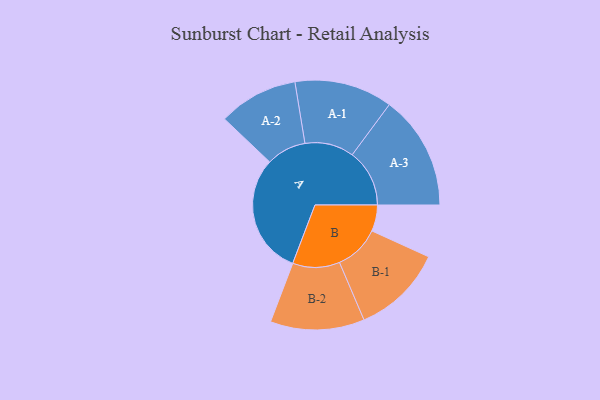
{"axis": {"x": "Segment", "y": "Value"}, "legend": ["", "A", "B"], "data": [{"x": "A", "y": 497, "type": ""}, {"x": "B", "y": 108, "type": ""}, {"x": "A-1", "y": 202, "type": "A"}, {"x": "A-2", "y": 164, "type": "A"}, {"x": "A-3", "y": 236, "type": "A"}, {"x": "B-1", "y": 187, "type": "B"}, {"x": "B-2", "y": 194, "type": "B"}]}